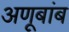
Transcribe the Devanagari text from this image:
अणूबांब